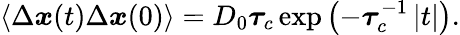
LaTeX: \left\langle\Delta\boldsymbol{x}(t)\Delta\boldsymbol{x}(0)\right\rangle=D_{0}\boldsymbol{\tau}_{c}\exp\left(-\boldsymbol{\tau}_{c}^{-1}\left|t\right|\right).